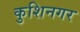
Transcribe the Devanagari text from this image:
कुशिनगर